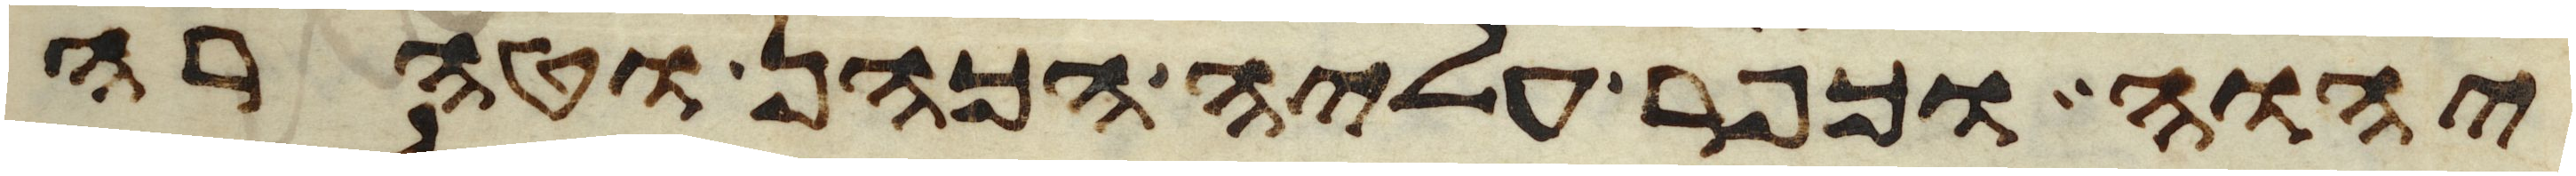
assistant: יהוה וכפר עליה הכהן וטהרה